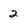
Character: 2